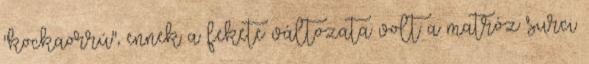
"kockaorrú", ennek a fekete változata volt a matróz surci